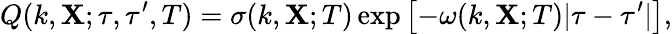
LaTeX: Q(k,{\textbf{X}};\tau,\tau^{\prime},T)=\sigma(k,{\textbf{X}};T)\exp\left[{-\omega(k,{\textbf{X}};T)|\tau-\tau^{\prime}|}\right],